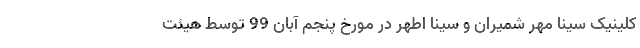
کلینیک سینا مهر شمیران و سینا اطهر در مورخ پنجم آبان 99 توسط هیئت